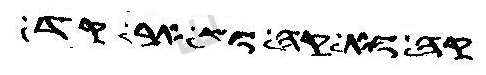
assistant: לה הנאה ואמר